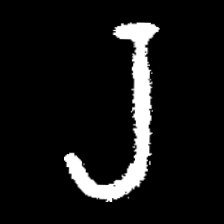
Pyu character \u2014 Myanmar letter: ရ (romanized: ra)